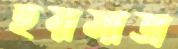
হয়মাত্র